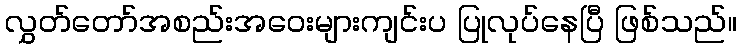
လွှတ်တော်အစည်းအဝေးများကျင်းပ ပြုလုပ်နေပြီ ဖြစ်သည်။